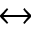
\leftrightarrow